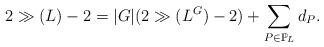
LaTeX: \begin{align*} 2\gg(L)-2=|G|(2\gg(L^G)-2)+\sum_{P\in \mathbb{P}_{L}} d_P. \end{align*}